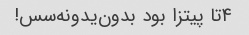
۴تا پیتزا بود بدون‌یدونه‌سس!